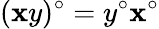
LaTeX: (\mathbf{x}y)^{\circ}=y^{\circ}\mathbf{x}^{\circ}